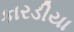
કારડીયા